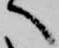
へ